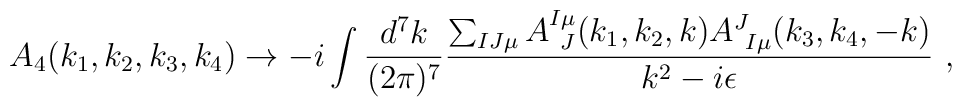
A_4 (k_1,k_2,k_3,k_4) \rightarrow - i \int {d^7 k\over (2\pi)^7}{\sum_{IJ\mu}A^{I \mu }_{\ J} (k_1,k_2, k) A^{J}_{\ I \mu } (k_3,k_4, -k) \over k^2 - i\epsilon} \ ,